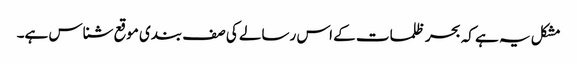
مشکل یہ ہے کہ بحر ظلمات کے اس رسالے کی صف بندی موقع شناس ہے۔